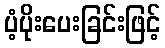
ပံ့ပိုးပေးခြင်းဖြင့်